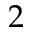
2